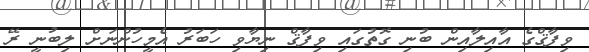
ވިފާޤްގެ އާއިލާއިން ބުނި ގޮތުގައި ވިފާޤް ނިޔާވި ހަބަރު އެމީހުންނަށް ލިބުނީ ރޭ